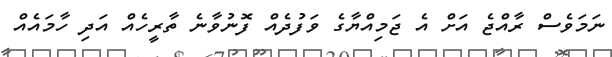
ނަމަވެސް ރާއްޖެ އަށް އެ ޖަމިއްޔާގެ ވަފުދެއް ފޮނުވާނެ ތާރީހެއް އަދި ހާމައެއް